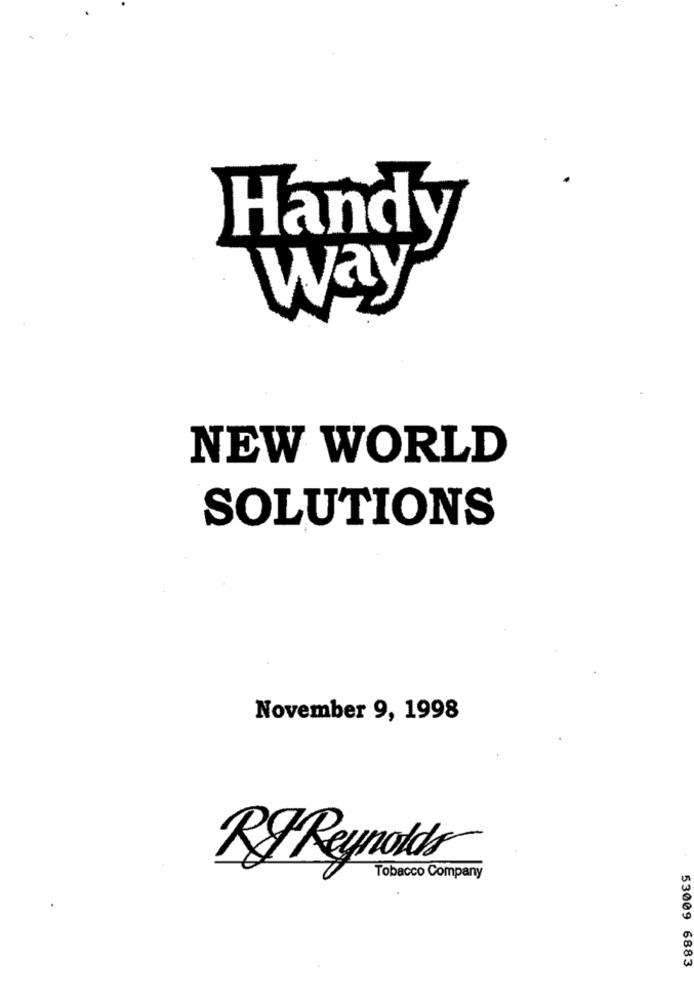
Handy
Way
NEW WORLD
SOLUTIONS
November 9, 1998
Ry Reynolds
Tobacco Company
53009 6883